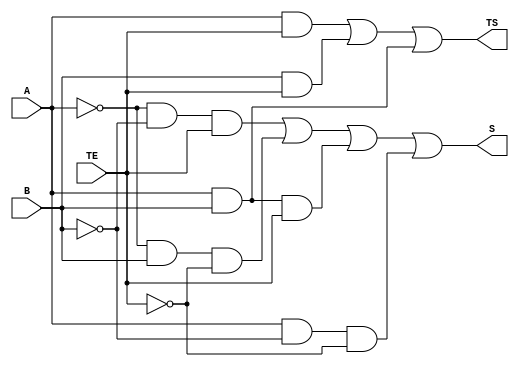
module somador1bit(A, B, TE, S, TS);

input A;
input B;
input TE;

output S;
output  TS;

assign S = (~A & ~B & TE) | (~A & B & ~TE) | (A & B & TE) | (A & ~B & ~TE);
assign TS = (A & TE) | (B & TE) | (A & B);

endmodule